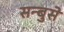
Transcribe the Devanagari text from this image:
सन्बुसे